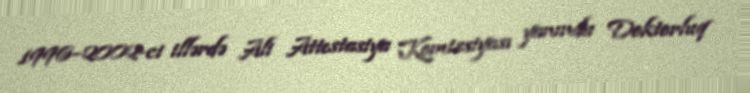
1996–2002-ci illərdə Ali Attestasiya Komissiyası yanında Doktorluq